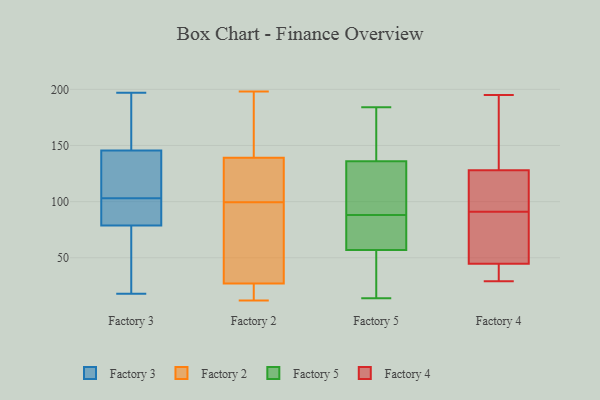
{"axis": {"x": "Customer Acquisition Cost (USD)", "y": "Value"}, "legend": ["Factory 2", "Factory 3", "Factory 4", "Factory 5"], "data": [{"x": "", "y": 197, "type": "Factory 3"}, {"x": "", "y": 102, "type": "Factory 3"}, {"x": "", "y": 110, "type": "Factory 3"}, {"x": "", "y": 52, "type": "Factory 3"}, {"x": "", "y": 176, "type": "Factory 3"}, {"x": "", "y": 103, "type": "Factory 3"}, {"x": "", "y": 78, "type": "Factory 3"}, {"x": "", "y": 89, "type": "Factory 3"}, {"x": "", "y": 18, "type": "Factory 3"}, {"x": "", "y": 79, "type": "Factory 3"}, {"x": "", "y": 165, "type": "Factory 3"}, {"x": "", "y": 139, "type": "Factory 3"}, {"x": "", "y": 118, "type": "Factory 3"}, {"x": "", "y": 98, "type": "Factory 2"}, {"x": "", "y": 101, "type": "Factory 2"}, {"x": "", "y": 68, "type": "Factory 2"}, {"x": "", "y": 12, "type": "Factory 2"}, {"x": "", "y": 198, "type": "Factory 2"}, {"x": "", "y": 139, "type": "Factory 2"}, {"x": "", "y": 18, "type": "Factory 2"}, {"x": "", "y": 107, "type": "Factory 2"}, {"x": "", "y": 27, "type": "Factory 2"}, {"x": "", "y": 154, "type": "Factory 2"}, {"x": "", "y": 83, "type": "Factory 5"}, {"x": "", "y": 117, "type": "Factory 5"}, {"x": "", "y": 149, "type": "Factory 5"}, {"x": "", "y": 51, "type": "Factory 5"}, {"x": "", "y": 130, "type": "Factory 5"}, {"x": "", "y": 17, "type": "Factory 5"}, {"x": "", "y": 14, "type": "Factory 5"}, {"x": "", "y": 98, "type": "Factory 5"}, {"x": "", "y": 147, "type": "Factory 5"}, {"x": "", "y": 81, "type": "Factory 5"}, {"x": "", "y": 51, "type": "Factory 5"}, {"x": "", "y": 88, "type": "Factory 5"}, {"x": "", "y": 184, "type": "Factory 5"}, {"x": "", "y": 138, "type": "Factory 5"}, {"x": "", "y": 75, "type": "Factory 5"}, {"x": "", "y": 131, "type": "Factory 4"}, {"x": "", "y": 193, "type": "Factory 4"}, {"x": "", "y": 97, "type": "Factory 4"}, {"x": "", "y": 113, "type": "Factory 4"}, {"x": "", "y": 46, "type": "Factory 4"}, {"x": "", "y": 36, "type": "Factory 4"}, {"x": "", "y": 127, "type": "Factory 4"}, {"x": "", "y": 29, "type": "Factory 4"}, {"x": "", "y": 85, "type": "Factory 4"}, {"x": "", "y": 88, "type": "Factory 4"}, {"x": "", "y": 41, "type": "Factory 4"}, {"x": "", "y": 78, "type": "Factory 4"}, {"x": "", "y": 91, "type": "Factory 4"}, {"x": "", "y": 101, "type": "Factory 4"}, {"x": "", "y": 195, "type": "Factory 4"}, {"x": "", "y": 191, "type": "Factory 4"}, {"x": "", "y": 30, "type": "Factory 4"}]}